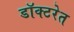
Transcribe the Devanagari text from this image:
डॉक्टरेत